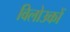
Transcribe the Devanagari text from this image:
विलोउकों